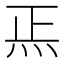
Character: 𱪲